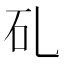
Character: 𥐕